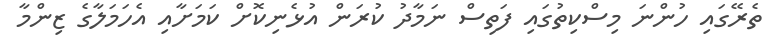
ތެރޭގައި ހުންނަ މިސްކިތުގައި ފަތިސް ނަމާދު ކުރަން އުޅެނިކޮށް ކަމަށާއި އެހަމަލާގެ ޒިންމާ